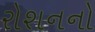
રોશનનો